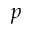
p